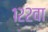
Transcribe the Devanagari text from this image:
१२२वा